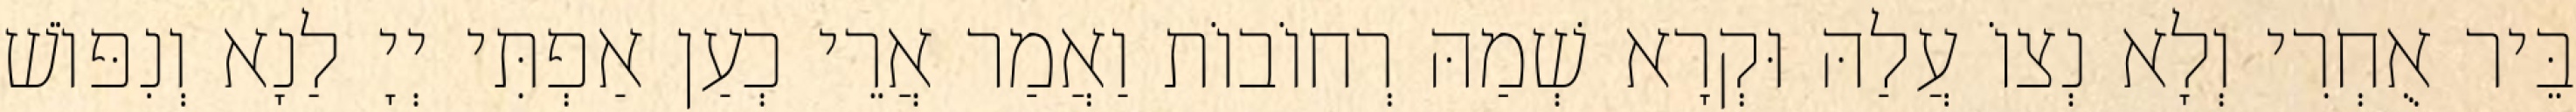
בֵּיר אֻחְרִי וְלָא נְצוֹ עֲלַהּ וּקְרָא שְׁמַהּ רְחוֹבוֹת וַאֲמַר אֲרֵי כְעַן אַפְתִּי יְיָ לַנָא וְנִפּוֹשׁ